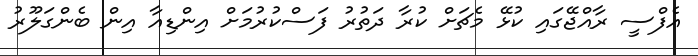
އެފްސީ ރާއްޖޭގައި ކުޅޭ މެޗަށް ކުރާ ދަތުރު ފަސްކުރުމަށް އިންޑިއާ އިން ބެންގަލޫރު